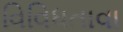
વિવિધતાવા